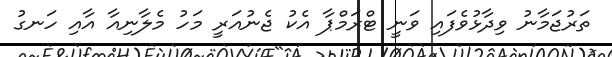
ތަރުޖަމާނު ވިދާޅުވެފައި ވަނީ ޓްރަމްޕާ އެކު ޖެނުއަރީ މަހު މެލާނިއާ އާއި ހަނގު